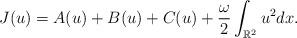
LaTeX: \begin{align*}J(u)=A(u)+B(u)+C(u)+\frac{\omega}{2}\int_{\mathbb{R}^{2}}u^{2}dx.\end{align*}